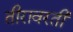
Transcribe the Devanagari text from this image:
तीरावरती